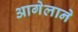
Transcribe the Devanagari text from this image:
आगेलाने